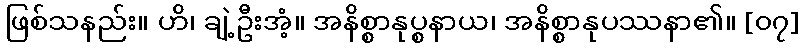
ဖြစ်သနည်း။ ဟိ၊ ချဲ့ဦးအံ့။ အနိစ္စာနုပ္စနာယ၊ အနိစ္စာနုပဿနာ၏။ [၀၇]